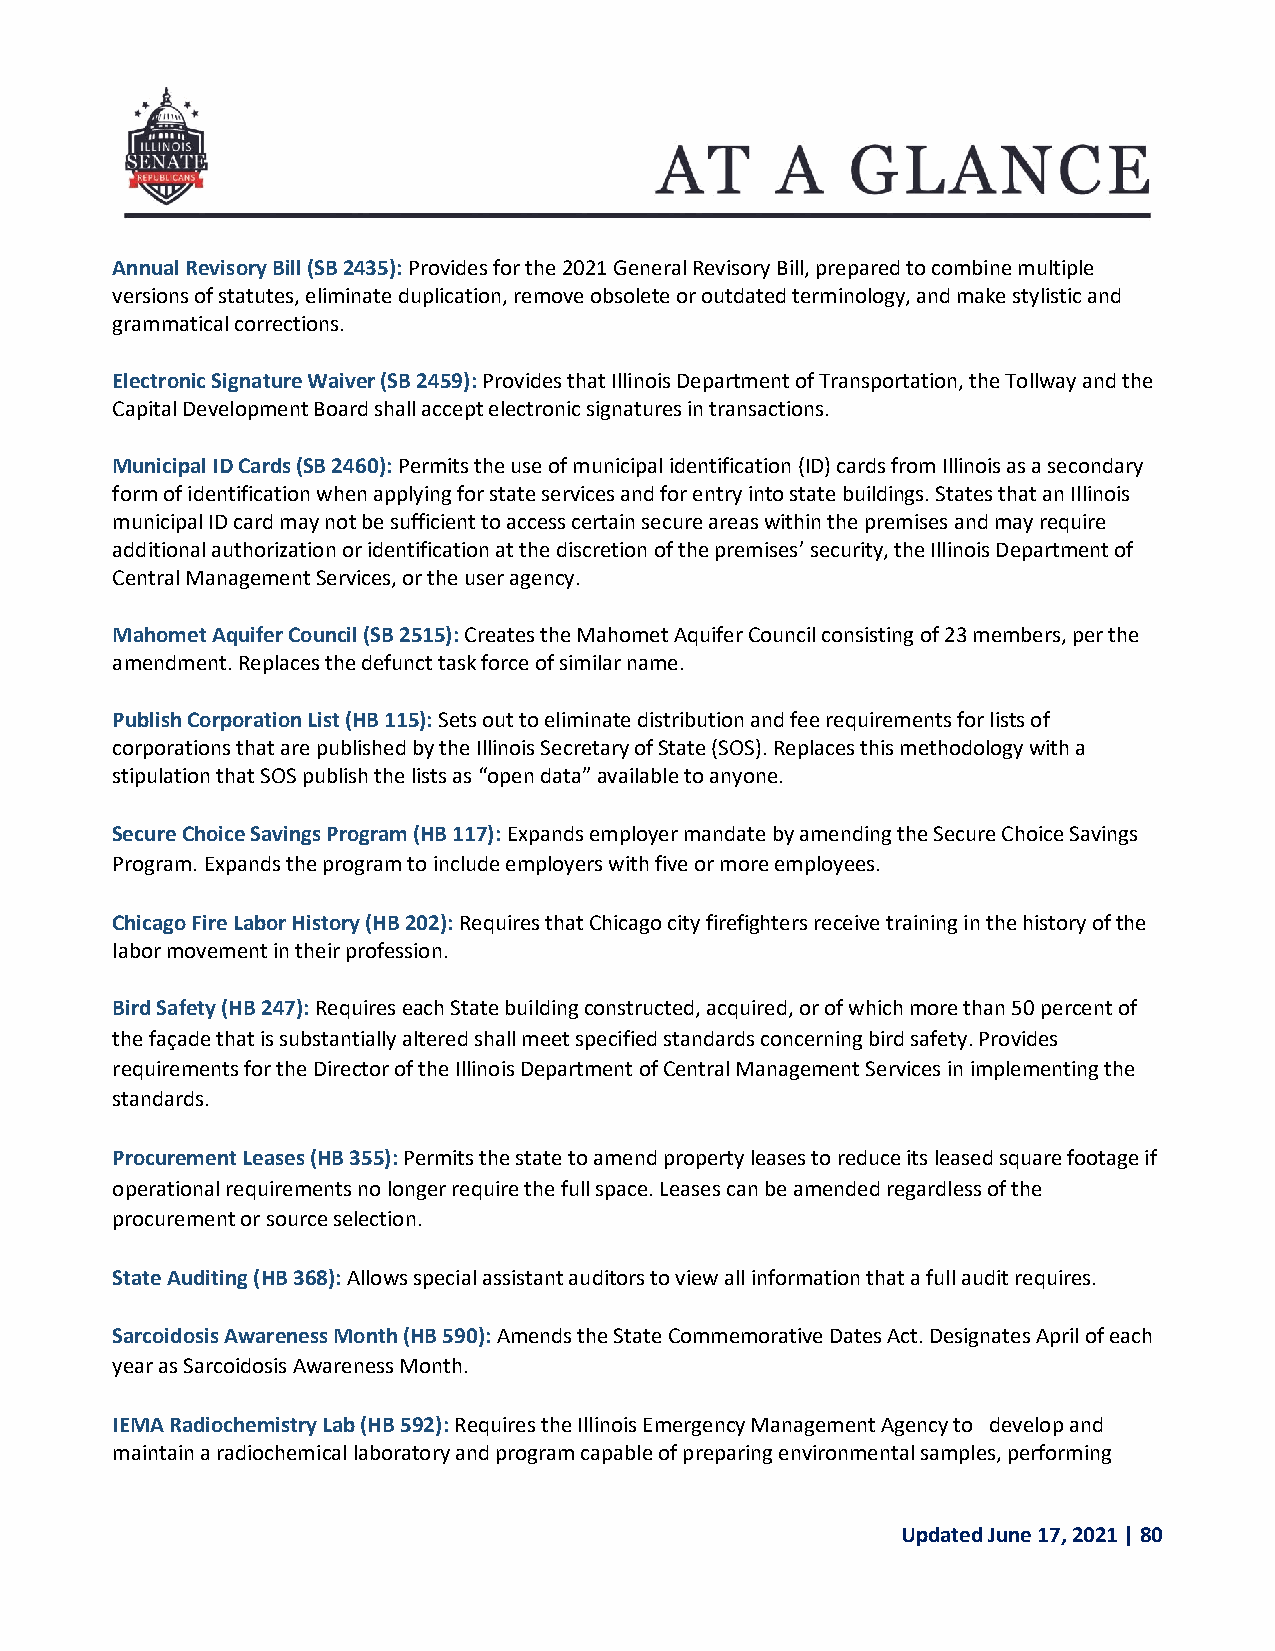
Annual Revisory Bill (SB 2435): Provides for the 2021 General Revisory Bill, prepared to combine multiple
 versions of statutes, eliminate duplication, remove obsolete or outdated terminology, and make stylistic and
 grammatical corrections.
 Electronic Signature Waiver (SB 2459): Provides that Illinois Department of Transportation, the Tollway and the
 Capital Development Board shall accept electronic signatures in transactions.
 Municipal ID Cards (SB 2460): Permits the use of municipal identification (ID) cards from Illinois as a secondary
 form of identification when applying for state services and for entry into state buildings. States that an Illinois
 municipal ID card may not be sufficient to access certain secure areas within the premises and may require
 additional authorization or identification at the discretion of the premises’ security, the Illinois Department of
 Central Management Services, or the user agency.
 Mahomet Aquifer Council (SB 2515): Creates the Mahomet Aquifer Council consisting of 23 members, per the
 amendment. Replaces the defunct task force of similar name.
 Publish Corporation List (HB 115): Sets out to eliminate distribution and fee requirements for lists of
 corporations that are published by the Illinois Secretary of State (SOS). Replaces this methodology with a
 stipulation that SOS publish the lists as “open data” available to anyone.
 Secure Choice Savings Program (HB 117): Expands employer mandate by amending the Secure Choice Savings
 Program. Expands the program to include employers with five or more employees.
 Chicago Fire Labor History (HB 202): Requires that Chicago city firefighters receive training in the history of the
 labor movement in their profession.
 Bird Safety (HB 247): Requires each State building constructed, acquired, or of which more than 50 percent of
 the façade that is substantially altered shall meet specified standards concerning bird safety. Provides
 requirements for the Director of the Illinois Department of Central Management Services in implementing the
 standards.
 Procurement Leases (HB 355): Permits the state to amend property leases to reduce its leased square footage if
 operational requirements no longer require the full space. Leases can be amended regardless of the
 procurement or source selection.
 State Auditing (HB 368): Allows special assistant auditors to view all information that a full audit requires.
 Sarcoidosis Awareness Month (HB 590): Amends the State Commemorative Dates Act. Designates April of each
 year as Sarcoidosis Awareness Month.
 IEMA Radiochemistry Lab (HB 592): Requires the Illinois Emergency Management Agency to develop and
 maintain a radiochemical laboratory and program capable of preparing environmental samples, performing
 Updated June 17, 2021 | 80